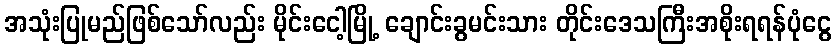
အသုံးပြုမည်ဖြစ်သော်လည်း မိုင်းငေါ့မြို့ ချောင်းခွမင်းသား တိုင်းဒေသကြီးအစိုးရရန်ပုံငွေ